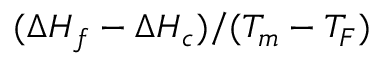
( \Delta H _ { f } - \Delta H _ { c } ) / ( T _ { m } - T _ { F } )